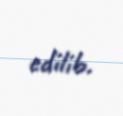
edilib.